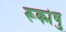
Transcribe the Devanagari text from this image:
रूक्मेषु